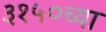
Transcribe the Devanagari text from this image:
३१५०च्या